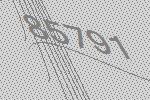
85791